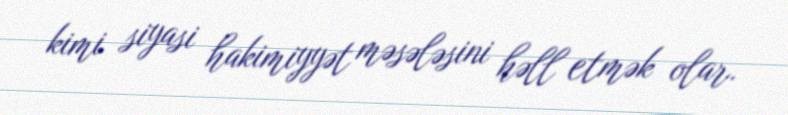
kimi siyasi hakimiyyət məsələsini həll etmək olar.